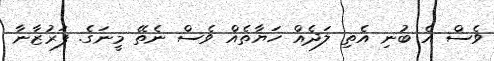
ވެސް އެ ބުނި އެތި ލަދެއް ހަޔާތެއް ވެސް ނެތޭ މީނަގެ. ފަރުޒާނާ